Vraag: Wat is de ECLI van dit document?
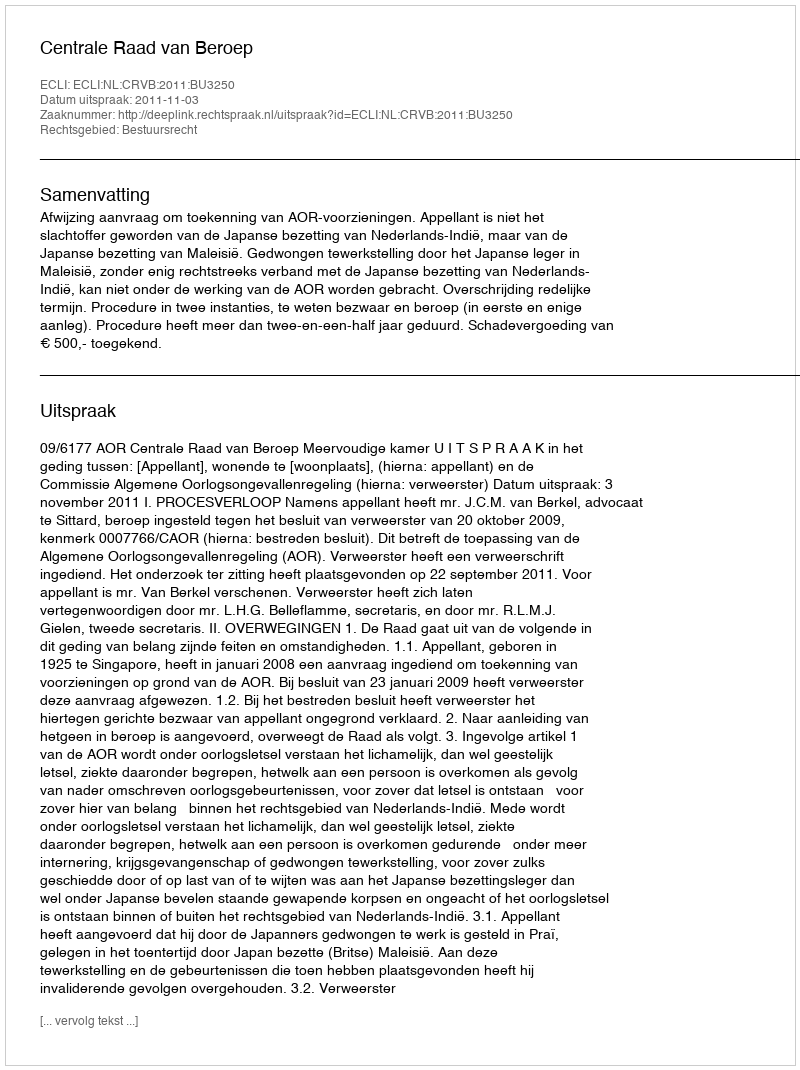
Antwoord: ECLI:NL:CRVB:2011:BU3250